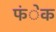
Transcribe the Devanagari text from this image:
फंेक